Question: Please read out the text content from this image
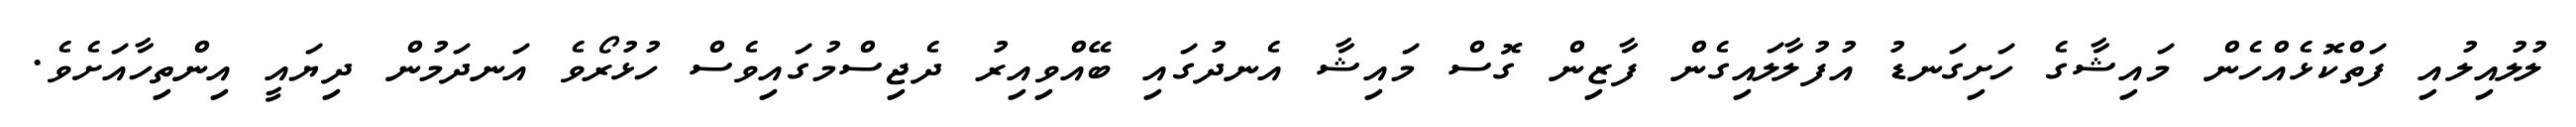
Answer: ލުލުއިލުއި ފަތްކޮޅެއްހެން މައިޝާގެ ހަށިގަނޑު އުފުލާލައިގެން ފާޒިން ގޮސް މައިޝާ އެނދުގައި ބޭއްވިއިރު ދެޖިސްމުގައިވެސް ހުޅުރޯވެ އަނދަމުން ދިޔައީ އިންތިހާއަށެވެ.